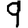
Digit: 9